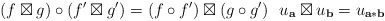
\begin{align*} (f\boxtimes g)\circ (f'\boxtimes g')=(f\circ f')\boxtimes (g \circ g') \ \ u_\mathbf{a}\boxtimes u_\mathbf{b}=u_{\mathbf{a}\ast \mathbf{b}} \end{align*}